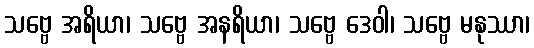
သဗ္ဗေ အရိယာ၊ သဗ္ဗေ အနရိယာ၊ သဗ္ဗေ ဒေဝါ၊ သဗ္ဗေ မနုဿာ၊